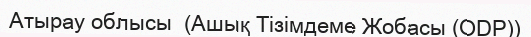
Атырау облысы  (Ашық Тізімдеме Жобасы (ODP))